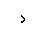
Letter: _dal